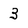
Character: 3